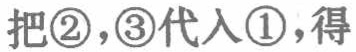
把\textcircled{2}，\textcircled{3}代入\textcircled{1}，得